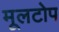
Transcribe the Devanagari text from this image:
मूलटोप